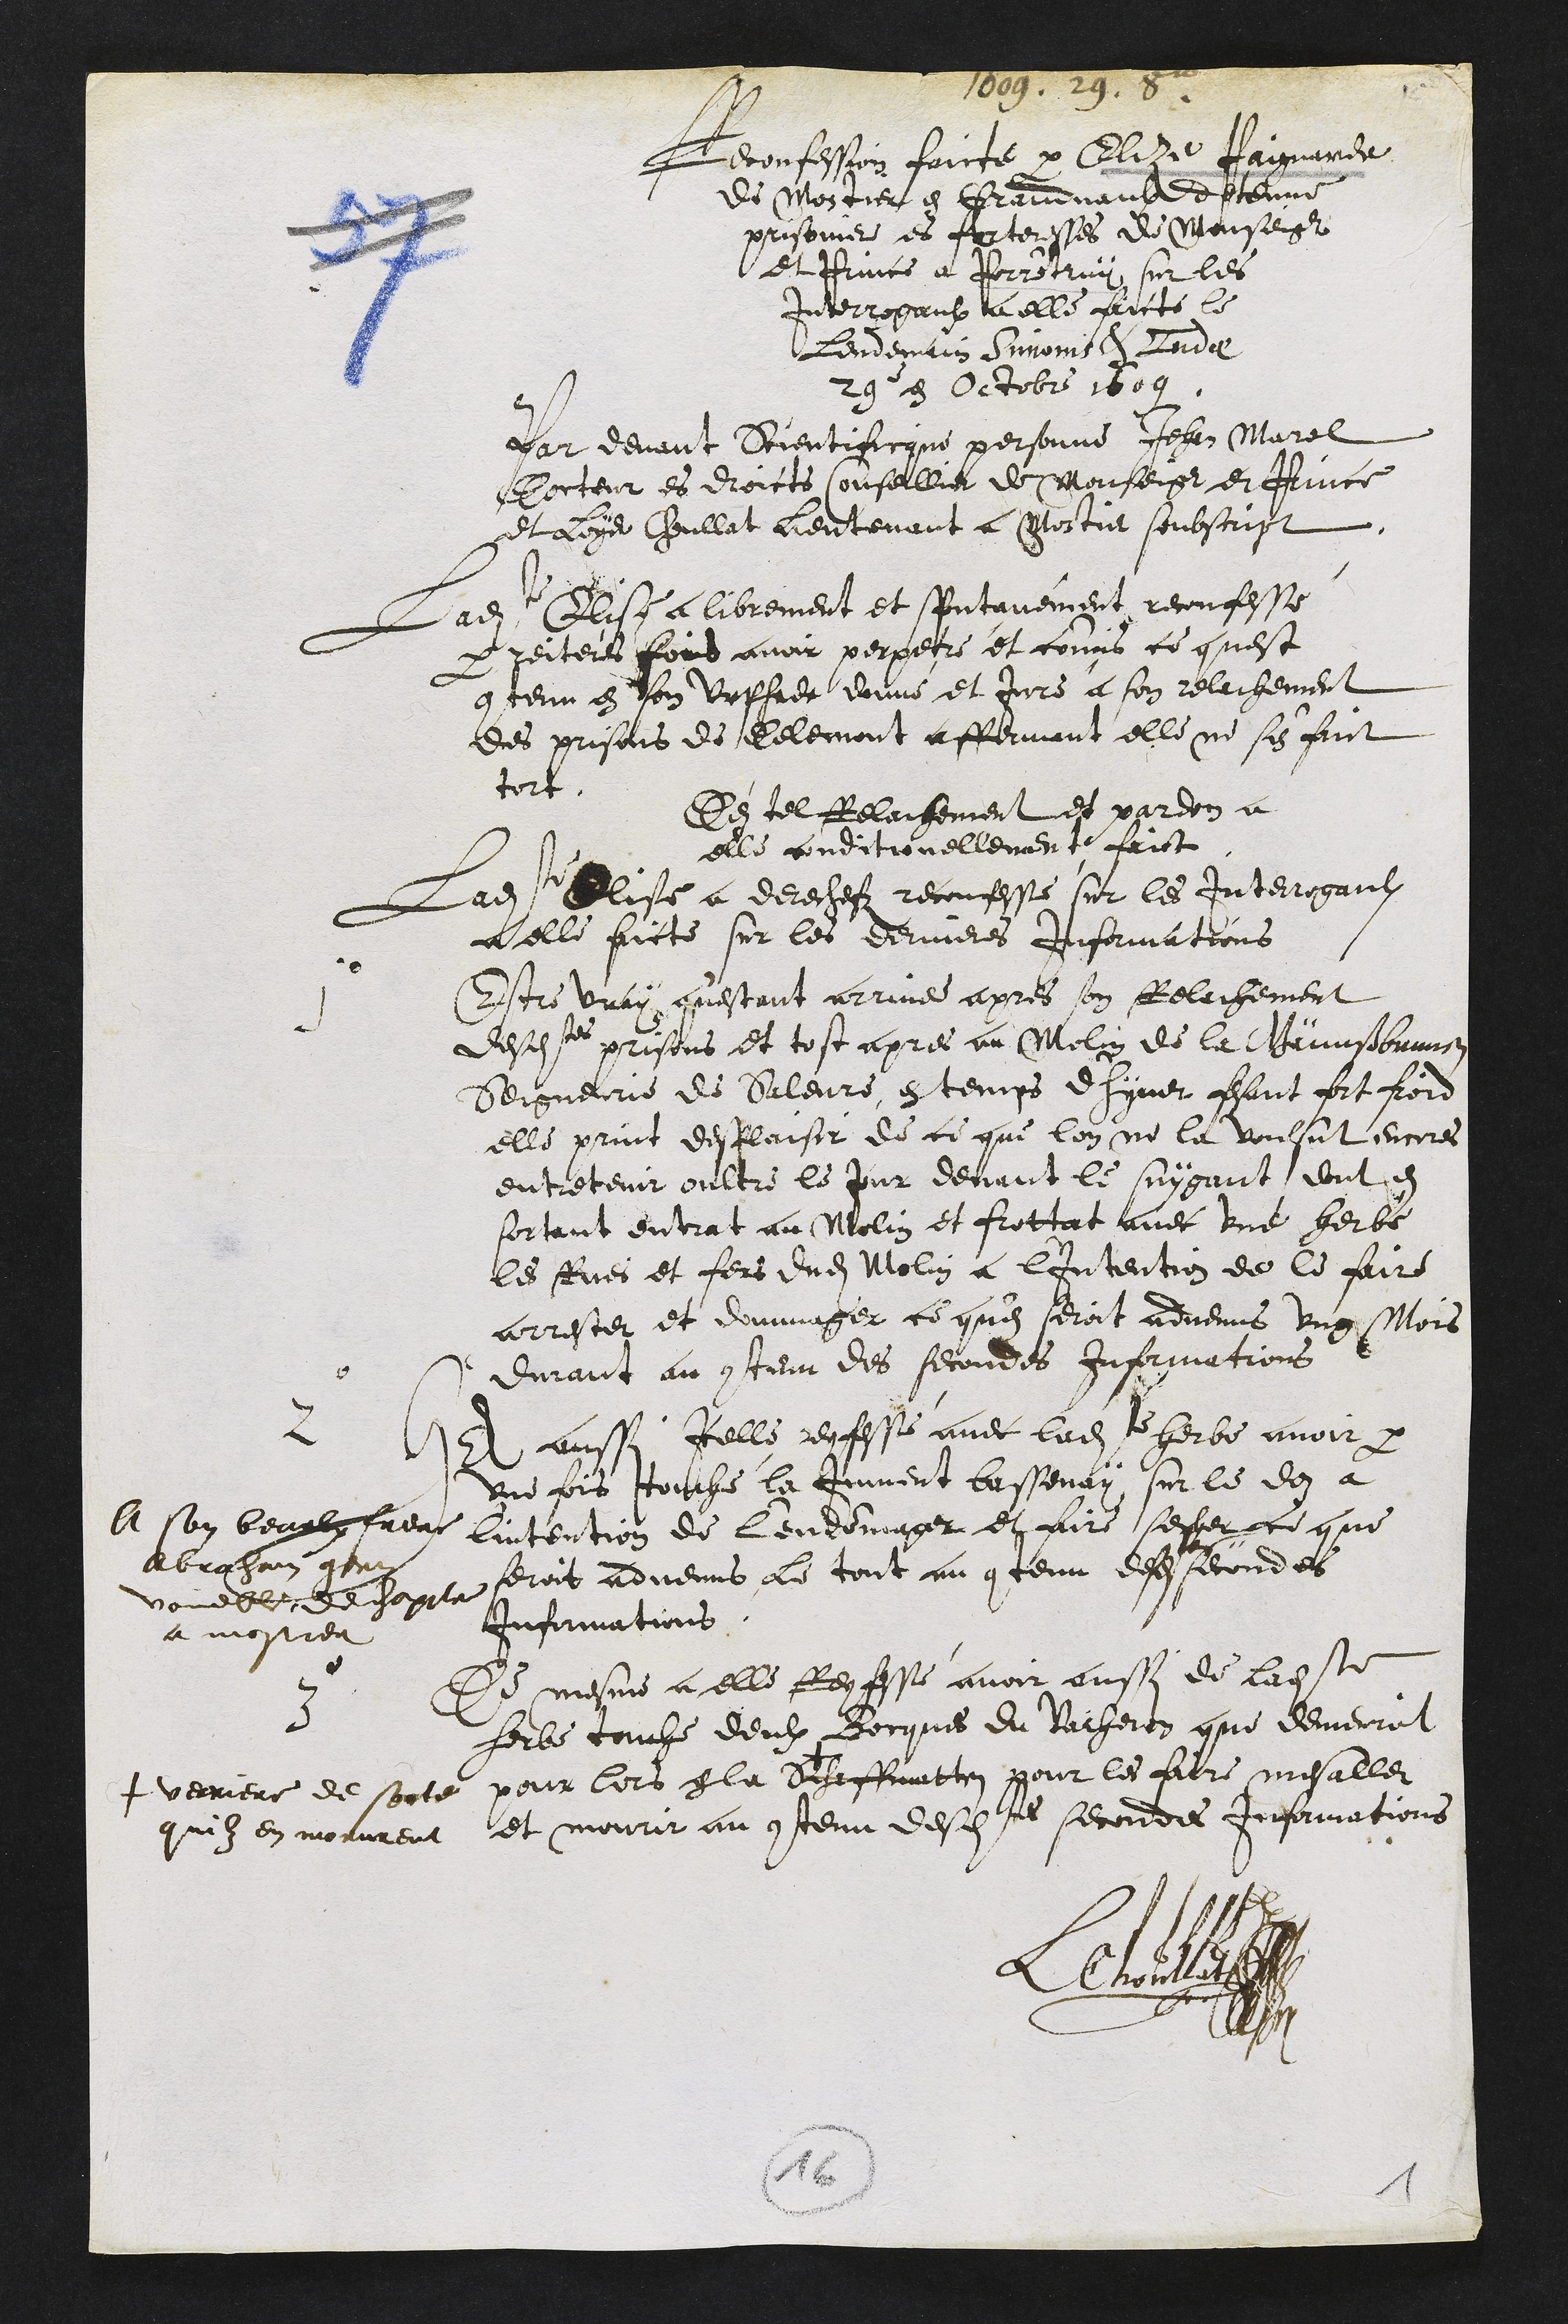
1609. 29. 8re
Reconfession faicte par Elize Paignarde
de Mostier en Grandvaulx detenue
prisonniere es forteresses de Monseigr
et Prince a Porrentruy sur les
Interrogaulx a elle faicts le
Lendemain Simonis & Judae
29e en Octobre 1609
Par devant Scientificque personne Jehan Marel
Docteur es droicts Conseillier de Monseigr et Prince
et Loys Choullat Lieutenant a Mostier soubscript
Ladite Elise a librement et spontanément reconfessé
par reiterés fois avoir perpetre et commis ce quest
contenu en son Urphede donné et juré a son relachement
des prisons de Delemont affirmant elle ne s'en faict
tort.
De tel Relachement et pardon a
elle conditionellement faict
Ladite Elise a derechefz reconfessé sur les interrogaulx
a elle faicte sur les dernieres informations
1
Estre vray questant arrivé apres son Relachement
desdites prisons et tost apres au molin de la Gännßbrunnen
Seigneurie de Saleure, en temps d'hyver estant fort froid
elle print desplaisir de ce que lon ne la voulsut encores
entretenir oultre le jour devant le suygant dont en
sortant entrat au molin et frottat avec une herbe
les Rues et fers dudit Molin a l'intention de le faire
arrester et dommager ce qu'en seroit advenus ung mois
durant au contenu des secondes informations
2
Ha aussi Icelle reconfessé avec ladite herbe avoir par
une fois touché la Jument bassenay sur le doz a
l'intention de l'endommager et faire secher ce que
seroit advenus Le tout au contenu desdites secondes
Informations.
A son beaulx frere
Abraham gern
voueble de chapitre
a mostier
3
De mesme a elle Reconfessé avoir aussi de ladite
herbe touche deulx Bocques du Vacheron que demeuroit
pour lors a la Scheffmatten
+ verriere de sorte
quilz en morurent
pour les faire mesaller
et mourir au contenu desdites secondes informations
LChoullat
16
1